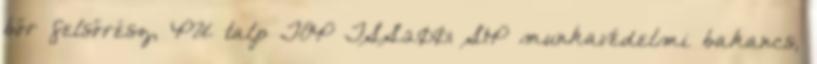
bőr felsőrész, PU talp TOP TSS2001 S1P munkavédelmi bakancs,